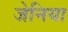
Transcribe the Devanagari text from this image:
जेनिया